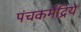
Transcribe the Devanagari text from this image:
पंचकर्मेंद्रिये